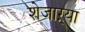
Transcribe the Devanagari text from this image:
शेजाऱ्या